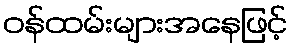
ဝန်ထမ်းများအနေဖြင့်